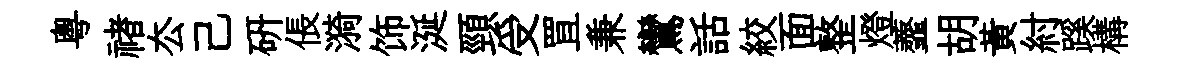
粤禇厺己硏倀漪饰涎頸受罝兼鸞話絞面整燈虀胡黄紂蹊構